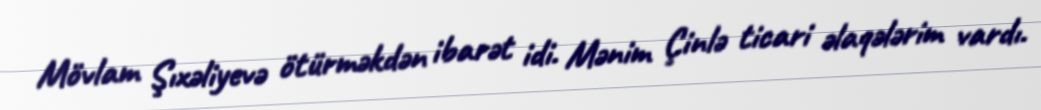
Mövlam Şıxəliyevə ötürməkdən ibarət idi. Mənim Çinlə ticari əlaqələrim vardı.